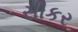
સીકર